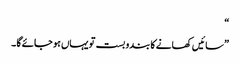
“
”سائیں کھانے کا بندو بست تو یہاں ہو جائے گا ۔